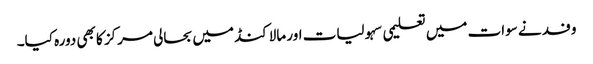
وفد نے سوات میں تعلیمی سہولیات اور مالاکنڈ میں بحالی مرکز کا بھی دورہ کیا۔